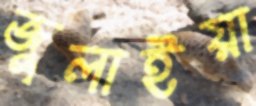
জুলাইয়া